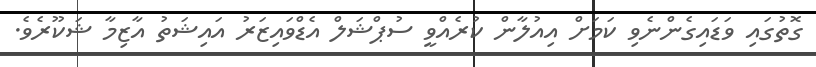
ގޮތުގައި ވަޑައިގެންނެވި ކަމަށް އިއުލާން ކުރެއްވީ ސުޕްޝަލް އެޑްވައިޒަރު އައިޝަތު އާޒިމާ ޝަކޫރެވެ.